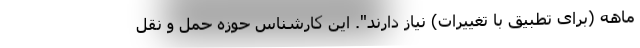
ماهه (برای تطبیق با تغییرات) نیاز دارند". این کارشناس حوزه حمل و نقل